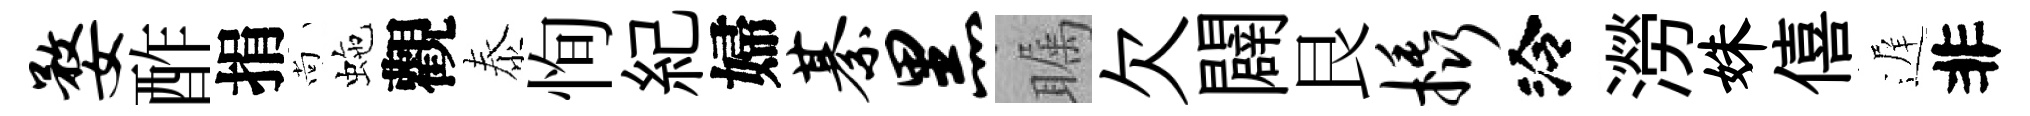
婺酢捐尚虵觀泰恂紀婦綦黑瞩欠闢艮橇泠澇姝僖遅非